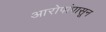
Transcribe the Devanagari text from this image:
आरोपांपासून